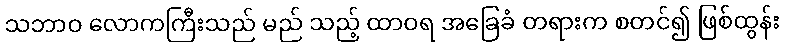
သဘာဝ လောကကြီးသည် မည် သည့် ထာဝရ အခြေခံ တရားက စတင်၍ ဖြစ်ထွန်း